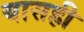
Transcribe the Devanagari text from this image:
यासही